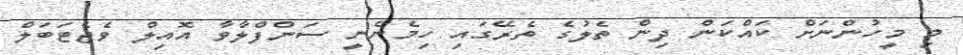
މި މީހުންނަށް ކައްކަން ދިން ތެލުގެ ތެރޭގައި ހިމެނެނީ ސަންފްލާވާ އޮއިލް ވެޖެޓަބަލް